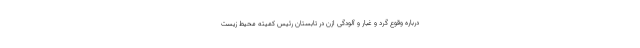
درباره وقوع گرد و غبار و آلودگی ازن در تابستان رئیس کمیته محیط زیست